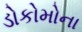
ડોકોમોના